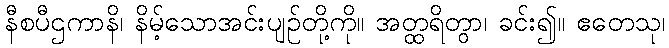
နီစပီဌကာနိ၊ နိမ့်သောအင်းပျဉ်တို့ကို။ အတ္ထရိတွာ၊ ခင်း၍။ ဧတေသု၊